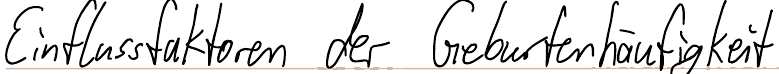
Einflussfaktoren der Geburtenhäufigkeit